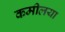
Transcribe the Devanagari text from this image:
कमीलया